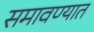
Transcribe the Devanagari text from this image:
समावण्यात